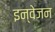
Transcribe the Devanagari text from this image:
इन्वेजन